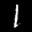
Label: 1